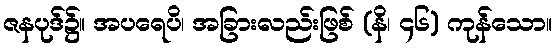
ဇနပုဒ်၌။ အပရေပိ၊ အခြားလည်းဖြစ် (နိ၊ ၄၆) ကုန်သော။